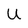
Character: U